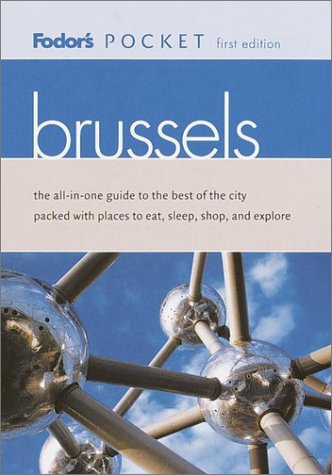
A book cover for Fodor's Pocket Brussels, 1st Edition: The All-in-One Guide to the Best of the City Packed with Places to Eat, Sleep, S hop and Explore (Fodor's Pocket Guide to Brussels); Fodor's; Travel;